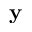
\mathbf { y }